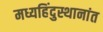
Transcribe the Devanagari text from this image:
मध्यहिंदुस्थानांत